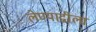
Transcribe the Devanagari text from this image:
लेण्याद्रीला